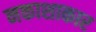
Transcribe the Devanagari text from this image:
नकाशाकार